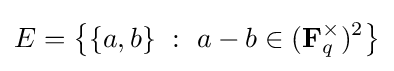
E=\left\{\{a,b\}\ :\ a-b\in (\mathbf {F} _{q}^{\times })^{2}\right\}